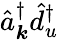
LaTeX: \hat{a}_{\boldsymbol k}^{\dagger}\hat{d}_{u}^{\dagger}